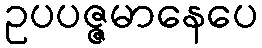
ဥပပဇ္ဇမာနေပေ